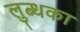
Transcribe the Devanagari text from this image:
लुब्धका